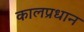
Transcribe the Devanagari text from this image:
कालप्रधान